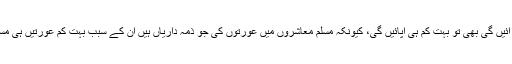
عورتیں مساجد میں آئیں گی بھی تو بہت کم ہی آپائیں گی، کیونکہ مسلم معاشروں میں عورتوں کی جو ذمہ داریاں ہیں ان کے سبب بہت کم عورتیں ہی مساجد میں آسکیں گی۔